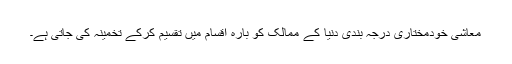
معاشی خودمختاری درجہ بندی دنیا کے ممالک کو بارہ اقسام میں تقسیم کرکے تخمینہ کی جاتی ہے۔